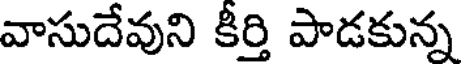
వాసుదేవుని కీర్తి పాడకున్న